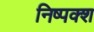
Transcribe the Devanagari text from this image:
निष्पक्श